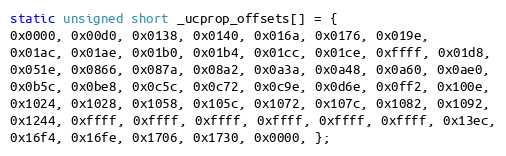
Language: C
static unsigned short _ucprop_offsets[] = {
0x0000, 0x00d0, 0x0138, 0x0140, 0x016a, 0x0176, 0x019e,
0x01ac, 0x01ae, 0x01b0, 0x01b4, 0x01cc, 0x01ce, 0xffff, 0x01d8,
0x051e, 0x0866, 0x087a, 0x08a2, 0x0a3a, 0x0a48, 0x0a60, 0x0ae0,
0x0b5c, 0x0be8, 0x0c5c, 0x0c72, 0x0c9e, 0x0d6e, 0x0ff2, 0x100e,
0x1024, 0x1028, 0x1058, 0x105c, 0x1072, 0x107c, 0x1082, 0x1092,
0x1244, 0xffff, 0xffff, 0xffff, 0xffff, 0xffff, 0xffff, 0x13ec,
0x16f4, 0x16fe, 0x1706, 0x1730, 0x0000, };